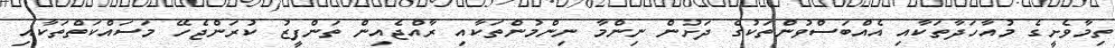
ތިމާވެށީގެ މުއާހަދާތަކާއި އެއްބަސްވުންތަކުގެ ދަށުން ނިންމާ ނިންމުންތަކާއި ރާއްޖެއިން ތަންފީޒު ކުރަންޖެހޭ މަސައްކަތްތަކާއި